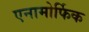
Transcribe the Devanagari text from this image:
एनामोर्फिक